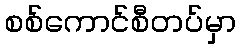
စစ်ကောင်စီတပ်မှာ